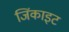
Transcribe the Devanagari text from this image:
जिंकाइट